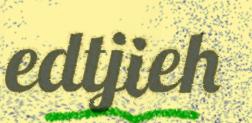
edtjieh